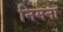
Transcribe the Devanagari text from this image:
निमना